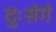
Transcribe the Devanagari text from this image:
दुःसंगं